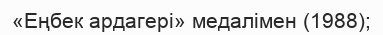
«Еңбек ардагері» медалімен (1988);